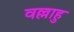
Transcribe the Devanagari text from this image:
वल्लाहु